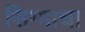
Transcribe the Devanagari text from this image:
सिग्माचा